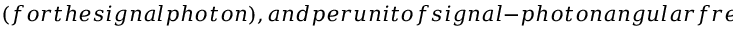
( f o r t h e s i g n a l p h o t o n ) , a n d p e r u n i t o f s i g n a l - p h o t o n a n g u l a r f r e q u e n c y